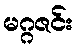
မဂ္ဂဇင်း